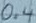
Text: 0.4